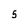
Character: 5